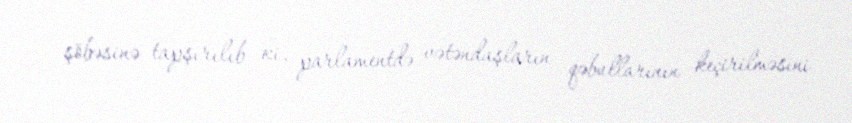
şöbəsinə tapşırılıb ki, parlamentdə vətəndaşların qəbullarının keçirilməsini